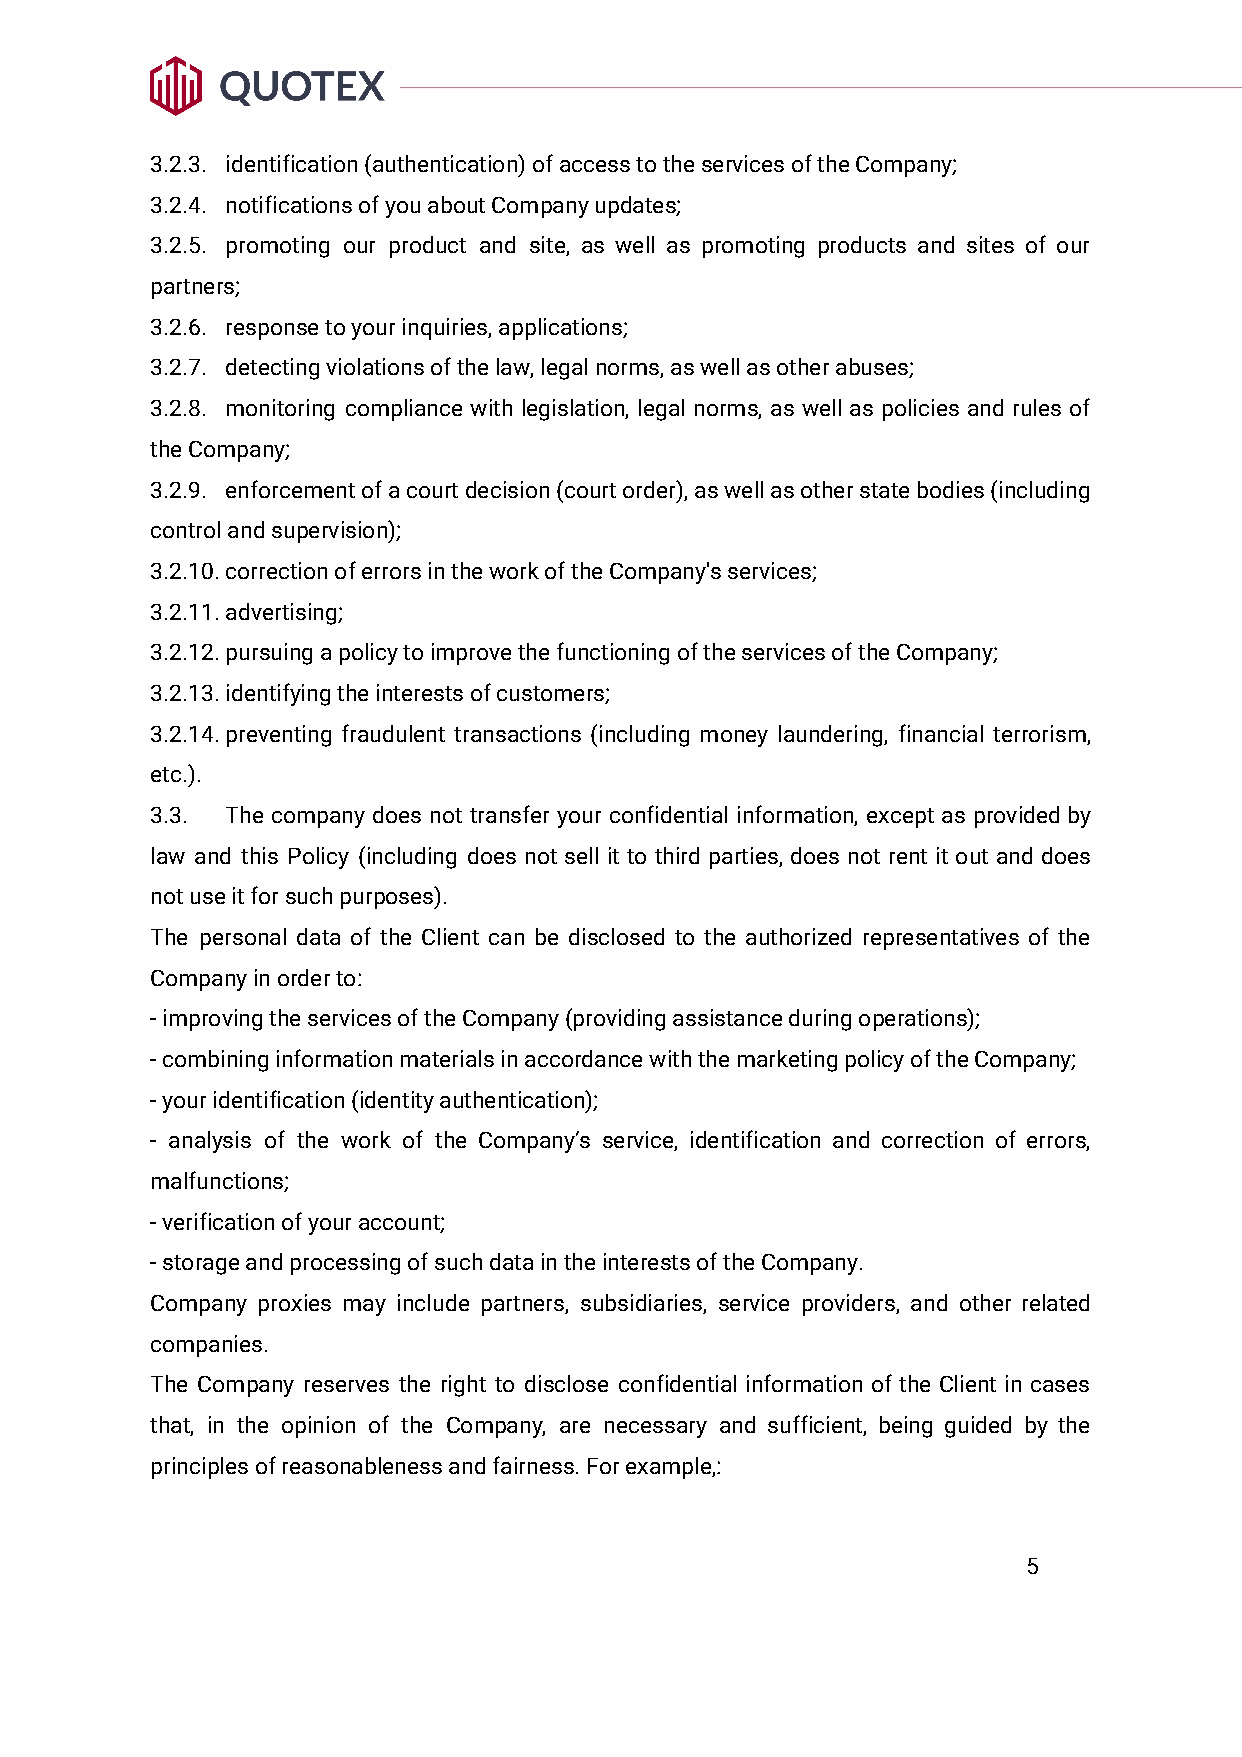
3.2.3. identification (authentication) of access to the services of the Company;
 3.2.4. notifications of you about Company updates;
 3.2.5. promoting our product and site, as well as promoting products and sites of our
 partners;
 3.2.6. response to your inquiries, applications;
 3.2.7. detecting violations of the law, legal norms, as well as other abuses;
 3.2.8. monitoring compliance with legislation, legal norms, as well as policies and rules of
 the Company;
 3.2.9. enforcement of a court decision (court order), as well as other state bodies (including
 control and supervision);
 3.2.10.correction of errors in the work of the Company's services;
 3.2.11.advertising;
 3.2.12.pursuing a policy to improve the functioning of the services of the Company;
 3.2.13.identifying the interests of customers;
 3.2.14.preventing fraudulent transactions (including money laundering, financial terrorism,
 etc.).
 3.3. The company does not transfer your confidential information, except as provided by
 law and this Policy (including does not sell it to third parties, does not rent it out and does
 not use it for such purposes).
 The personal data of the Client can be disclosed to the authorized representatives of the
 Company in order to:
 - improving the services of the Company (providing assistance during operations);
 - combining information materials in accordance with the marketing policy of the Company;
 - your identification (identity authentication);
 - analysis of the work of the Company’s service, identification and correction of errors,
 malfunctions;
 - verification of your account;
 - storage and processing of such data in the interests of the Company.
 Company proxies may include partners, subsidiaries, service providers, and other related
 companies.
 The Company reserves the right to disclose confidential information of the Client in cases
 that, in the opinion of the Company, are necessary and sufficient, being guided by the
 principles of reasonableness and fairness. For example,:
 5